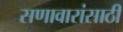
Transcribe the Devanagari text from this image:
सणावारांसाठी